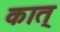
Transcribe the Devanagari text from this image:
कात्‌